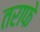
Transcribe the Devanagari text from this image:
तराफे